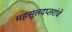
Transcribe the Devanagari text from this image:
महसूलदप्तरांचे